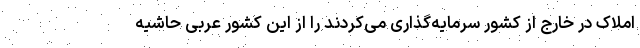
املاک در خارج از کشور سرمایه‌گذاری می‌کردند را از این کشور عربی حاشیه